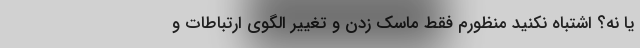
یا نه؟ اشتباه نکنید منظورم فقط ماسک زدن و تغییر الگوی ارتباطات و